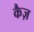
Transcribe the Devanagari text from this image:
कैज़